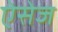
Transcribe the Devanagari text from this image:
ऐसेज